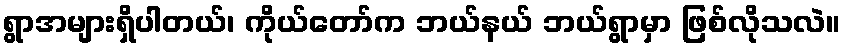
ရွာအများရှိပါတယ်၊ ကိုယ်တော်က ဘယ်နယ် ဘယ်ရွာမှာ ဖြစ်လိုသလဲ။